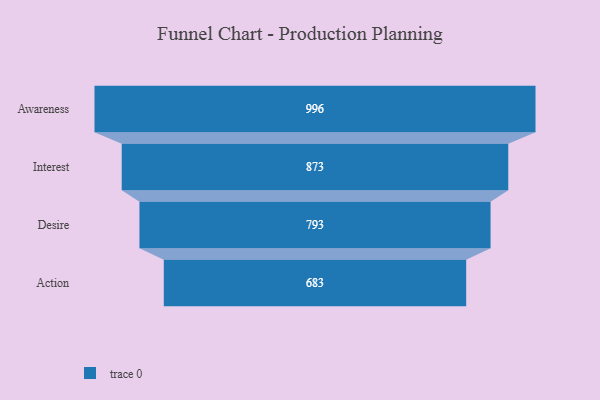
{"axis": {"x": "Stage", "y": "Value"}, "legend": [""], "data": [{"x": "Awareness", "y": 996.0, "type": ""}, {"x": "Interest", "y": 873.0, "type": ""}, {"x": "Desire", "y": 793.0, "type": ""}, {"x": "Action", "y": 683.0, "type": ""}]}